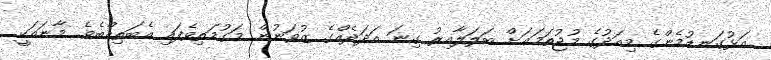
އަޅުގަނޑުމެންގެ މިއަދުގެ މުޖުތަމަޢަށް ބަލަލާއިރު ގިނަ އަދަދެއްގެ ޒުވަނުން މަގުމަތިވެފައި އެބަތިއްބެވެ. މާނައަކީ